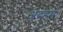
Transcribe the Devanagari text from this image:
अदहम